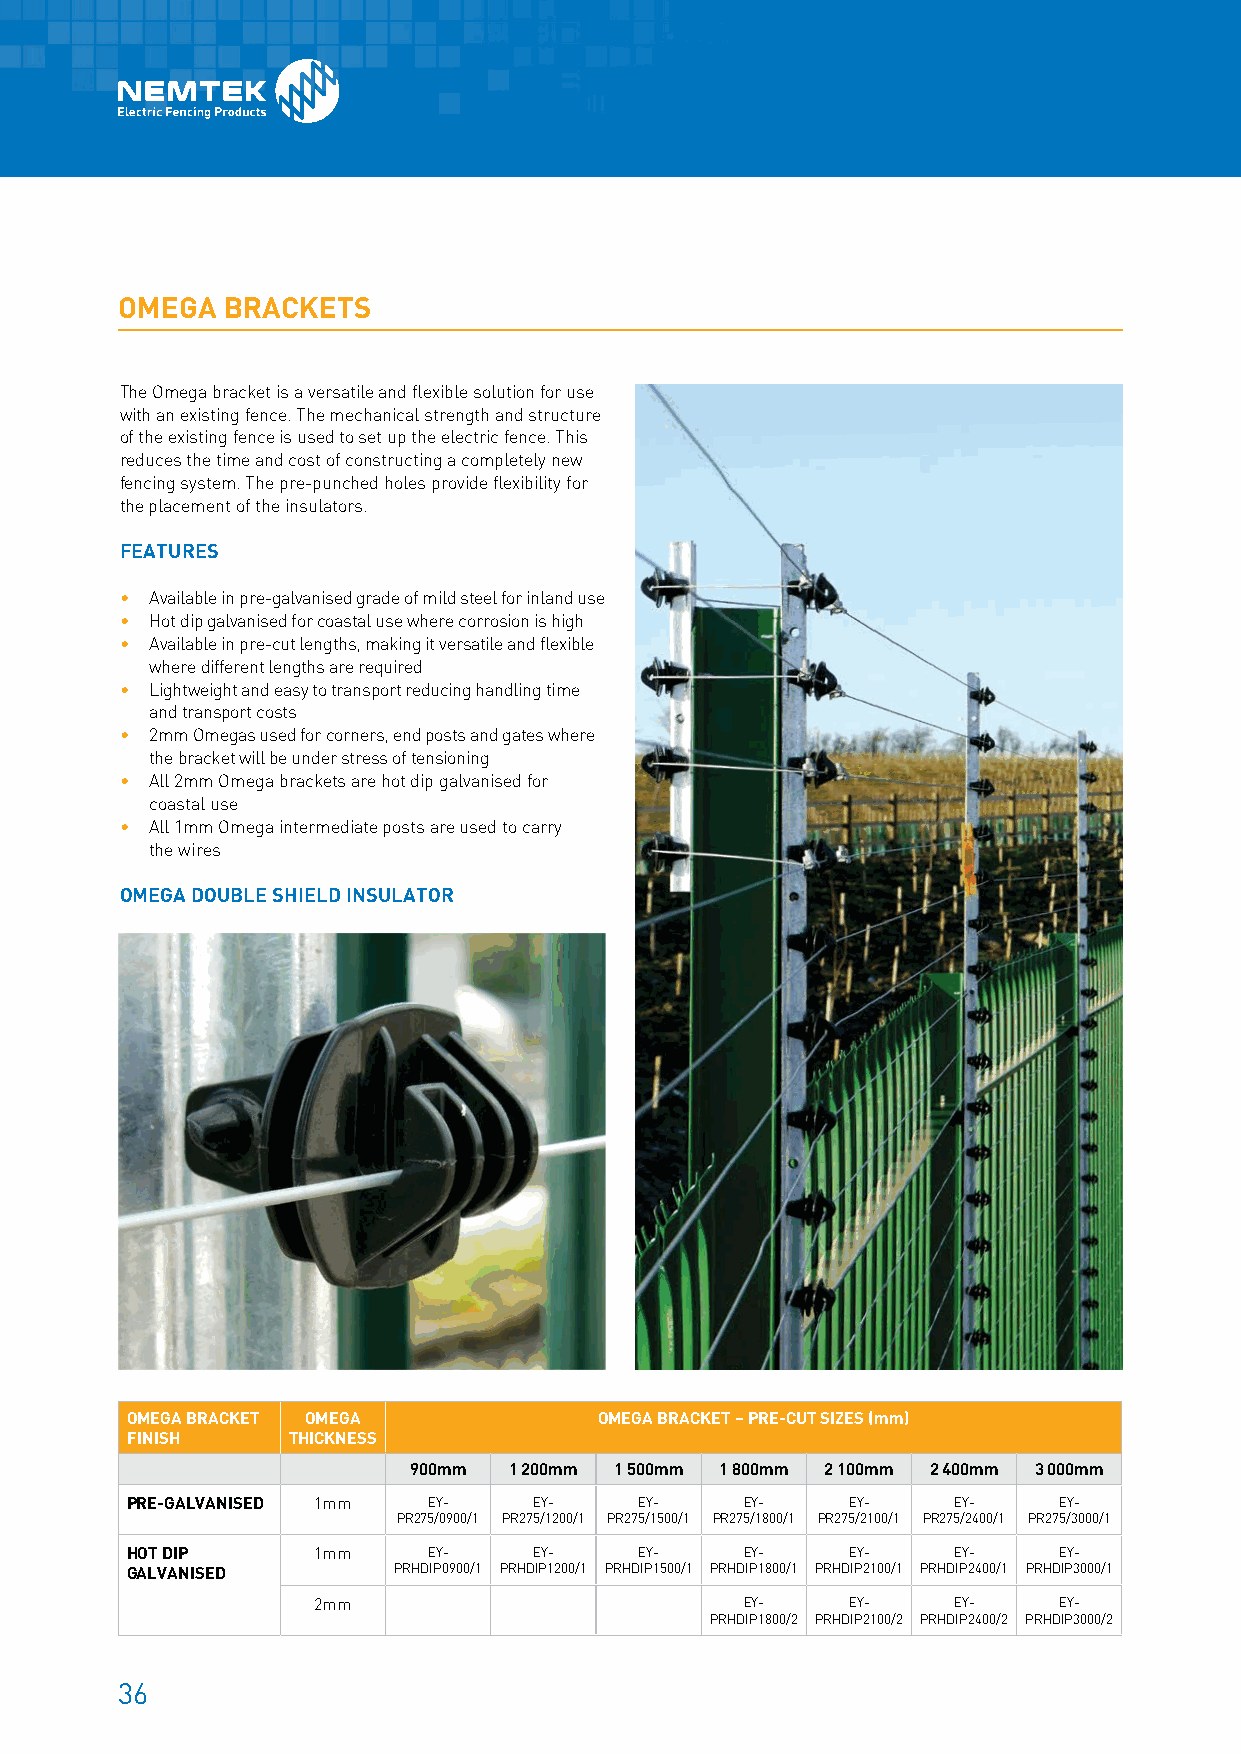
OMEGA  BRACKETS
 The Omega bracket is a versatile and flexible solution for use
 with an existing fence. The mechanical strength and structure
 of the existing fence is used to set up the electric fence. This
 reduces the time and cost of constructing a completely new
 fencing system. The pre-punched holes provide flexibility for
 the placement of the insulators.
 FEATURES
 • A vailable in pre-galvanised grade of mild steel for inland use
 • H ot dip galvanised for coastal use where corrosion is high
 • A vailable in pre-cut lengths, making it versatile and flexible
 where different lengths are required
 • L ightweight and easy to transport reducing handling time
 and transport costs
 • 2 mm Omegas used for corners, end posts and gates where
 the bracket will be under stress of tensioning
 • A ll 2mm Omega brackets are hot dip galvanised for
 coastal use
 • A ll 1mm Omega intermediate posts are used to carry
 the wires
 OMEGA DOUBLE SHIELD INSULATOR
 OMEGA BRACKET OMEGA             OMEGA BRACKET – PRE-CUT SIZES (mm)
 FINISH     THICKNESS
 900mm  1 200mm 1 500mm 1 800mm 2 100mm 2 400mm 3 000mm
 PRE-GALVANISED 1mm  EY-    EY-    EY-    EY-    EY-    EY-    EY-
 PR275/0900/1 PR275/1200/1 PR275/1500/1 PR275/1800/1 PR275/2100/1 PR275/2400/1 PR275/3000/1
 HOT DIP      1mm    EY-    EY-    EY-    EY-    EY-    EY-    EY-
 GALVANISED        PRHDIP0900/1 PRHDIP1200/1 PRHDIP1500/1 PRHDIP1800/1 PRHDIP2100/1 PRHDIP2400/1 PRHDIP3000/1
 2mm                         EY-    EY-    EY-    EY-
 PRHDIP1800/2 PRHDIP2100/2 PRHDIP2400/2 PRHDIP3000/2
 36